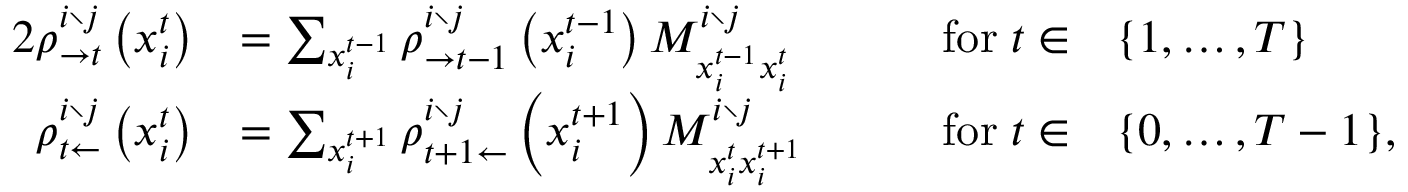
\begin{array} { r l r l } { { 2 } \rho _ { \rightarrow t } ^ { i \setminus j } \left( x _ { i } ^ { t } \right) } & { = \sum _ { x _ { i } ^ { t - 1 } } \rho _ { \rightarrow t - 1 } ^ { i \setminus j } \left( x _ { i } ^ { t - 1 } \right) M _ { x _ { i } ^ { t - 1 } x _ { i } ^ { t } } ^ { i \setminus j } } & { \qquad \mathrm { f o r } \; t \in } & { \{ 1 , \ldots , T \} } \\ { \rho _ { t \leftarrow } ^ { i \setminus j } \left( x _ { i } ^ { t } \right) } & { = \sum _ { x _ { i } ^ { t + 1 } } \rho _ { t + 1 \leftarrow } ^ { i \setminus j } \left( x _ { i } ^ { t + 1 } \right) M _ { x _ { i } ^ { t } x _ { i } ^ { t + 1 } } ^ { i \setminus j } } & { \qquad \mathrm { f o r } \; t \in } & { \{ 0 , \ldots , T - 1 \} , } \end{array}